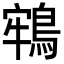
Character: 𪁔